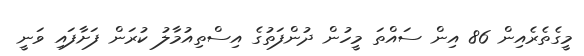
މީގެތެރެއިން 86 އިން ސައްތަ މީހުން ދުންފަތުގެ އިސްތިއުމާލު ކުރަން ފަށާފައި ވަނީ